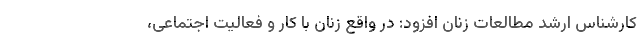
کارشناس ارشد مطالعات زنان افزود: در واقع زنان با کار و فعالیت اجتماعی،